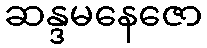
ဆန္ဒမနေဇော